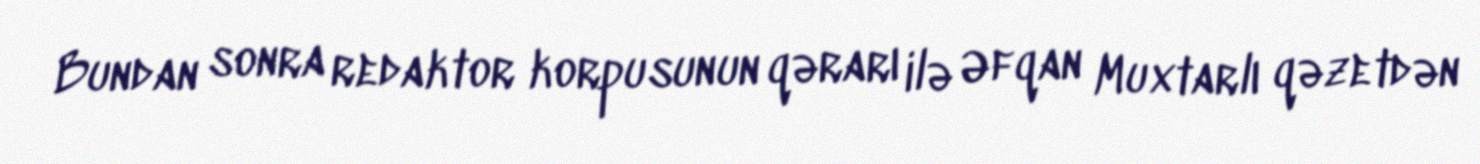
Bundan sonra redaktor korpusunun qərarı ilə Əfqan Muxtarlı qəzetdən